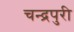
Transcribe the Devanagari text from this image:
चन्द्रपुरी